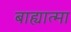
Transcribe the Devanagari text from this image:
बाह्यात्मा